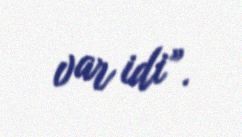
var idi”.